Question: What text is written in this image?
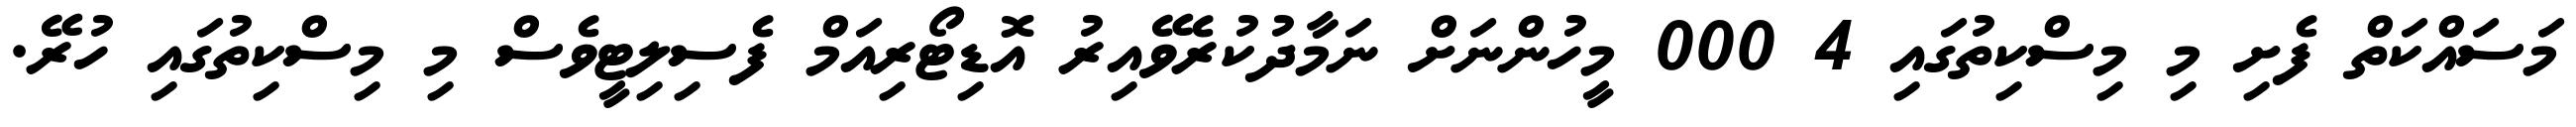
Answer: މަސައްކަތް ފެށި މި މިސްކިތުގައި 4 000 މީހުންނަށް ނަމާދުކުރެވޭއިރު އޮޑިޓޯރިއަމް ފެސިލިޓީވެސް މި މިސްކިތުގައި ހުރޭ.